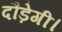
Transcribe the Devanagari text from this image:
दौड़ेगी।